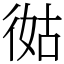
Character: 㣨